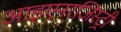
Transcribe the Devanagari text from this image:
आइएनरजिस्ट्री